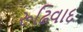
રૂઢિવાદ